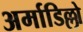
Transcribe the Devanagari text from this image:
अर्माडिल्लो